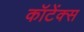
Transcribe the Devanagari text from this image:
कॉटेंक्स